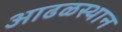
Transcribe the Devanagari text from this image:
आढळस्थान